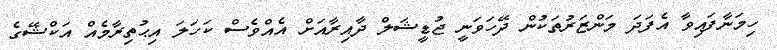
ހިމަނާފައިވާ އެފަދަ މަންޒަރުތަކުން ދޭހަވަނީ ޖުޑީޝަލް ދާއިރާއަށް އެއްވެސް ކަހަލަ އިޙުތިރާމެއް އަކްޝޭގެ